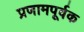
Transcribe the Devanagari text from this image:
प्रणामपूर्वक